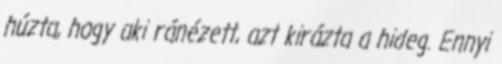
húzta, hogy aki ránézett, azt kirázta a hideg. Ennyi